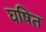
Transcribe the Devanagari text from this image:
घषित